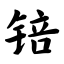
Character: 锫